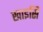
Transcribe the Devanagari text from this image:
खाइसि